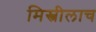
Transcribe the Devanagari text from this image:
मिस्त्रीलाच